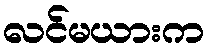
လင်မယားက